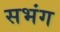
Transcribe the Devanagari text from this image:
सभंग